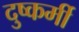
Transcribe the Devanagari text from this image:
दुष्कर्मी